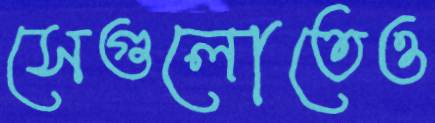
সেগুলোতেও